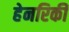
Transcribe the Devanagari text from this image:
हेनरिकी